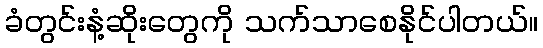
ခံတွင်းနံ့ဆိုးတွေကို သက်သာစေနိုင်ပါတယ်။